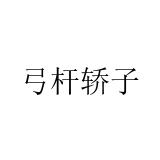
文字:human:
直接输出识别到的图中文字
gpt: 弓杆轿子